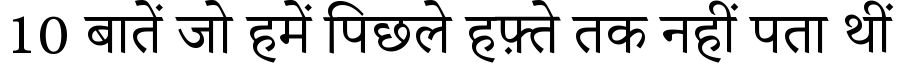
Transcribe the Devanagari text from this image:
10 बातें जो हमें पिछले हफ़्ते तक नहीं पता थीं